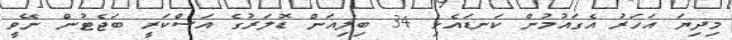
މިދިޔަ އަހަރު އެގައުމުން ކަނޑައެޅި 34 ބިލިއަން ޑޮލަރުގެ އަސްކަރީ ބަޖެޓުން ނޭވީ